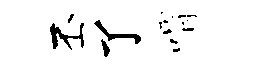
丕了喟